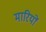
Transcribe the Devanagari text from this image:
मारियों